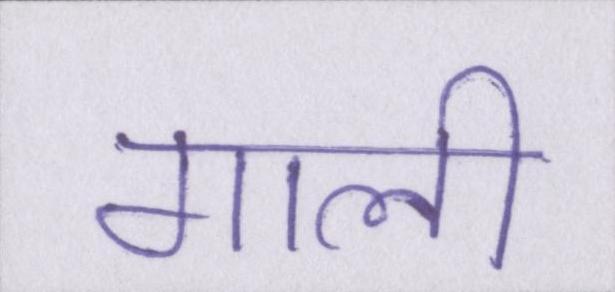
गाली